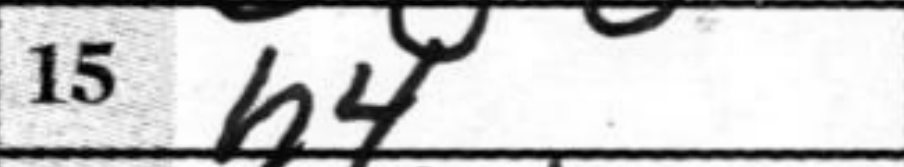
Transcription: h4